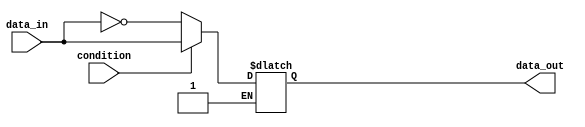
module if_else_negation (
    input wire condition,
    input wire data_in,
    output reg data_out
);

always @(*)
begin
    if (condition) begin
        // if condition is true, execute this block of code
        data_out = data_in;
    end
    else if (~condition) begin
        // if negation of condition is true, execute this block of code
        data_out = ~data_in;
    end
end

endmodule